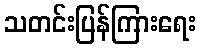
သတင်းပြန်ကြားရေး